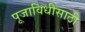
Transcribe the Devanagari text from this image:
पूजाविधीसाठी